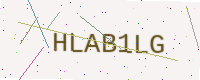
Text: HLAB1LG